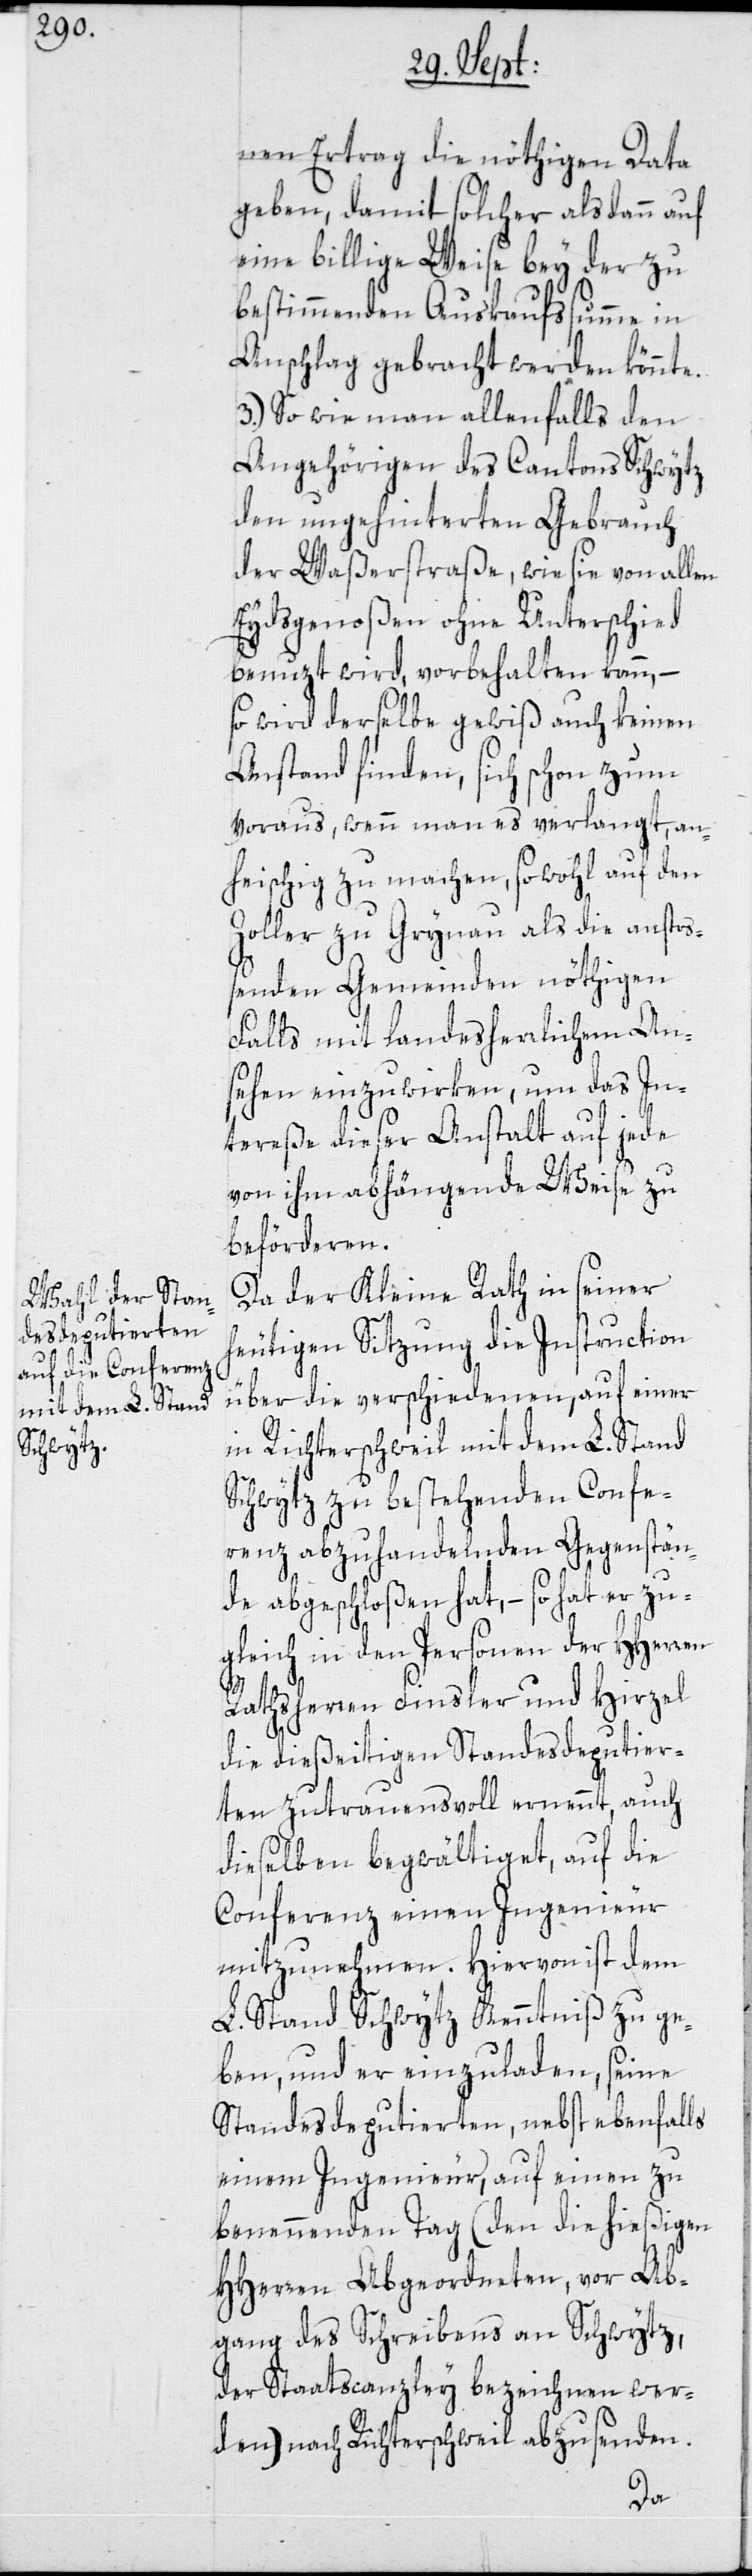
nen Ertrag die nöthigen Data
geben, damit solcher alsdann auf
eine billige Weise bey der zu
bestimmenden Auskaufssumme in
Anschlag gebracht werden könnte.
3.) So wie man allenfalls den
Angehörigen des Cantons Schwytz
den ungehinterten Gebrauch
der Waßerstraße, wie sie von allen
Eydsgenoßen ohne Unterschied
benuzt wird, vorbehalten kann,
so wird derselbe gewiß auch keinen
Anstand finden, sich schon zum
voraus, wenn man es verlangt, an¬
heischig zu machen, sowohl auf den
Zoller zu Grynau als die anstoß¬
enden Gemeinden nöthigen
Falls mit landesherrlichem An¬
sehen einzuwirken, um das In¬
tereße dieser Anstalt auf jede
von ihm abhängende Weise zu
beförderen.
Da der Kleine Rath in seiner
heutigen Sitzung die Instruction
über die verschiedenen, auf einer
in Richterschweil mit dem L. Stand
Schwytz zu bestehenden Confe¬
renz abzuhandelnden Gegenstän¬
de abgeschloßen hat, – so hat er zu¬
gleich in den Personen der HHerren
Rathsherren Finsler und Hirzel
die dießeitigen Standesdeputier¬
ten zutrauensvoll ernennt, auch
dieselben begwältiget, auf die
Conferenz einen Ingenieur
mitzunehmen. Hiervon ist dem
L. Stand Schwytz Kenntniß zu ge¬
ben, und er einzuladen, seine
Standesdeputierten, nebst ebenfalls
einem Ingenieur, auf einen zu
benennenden Tag (den die hießigen
HHerren Abgeordneten, vor Ab¬
gang des Schreibens an Schwytz,
der Staatscanzley bezeichnen wer¬
den) nach Richterschweil abzusenden.